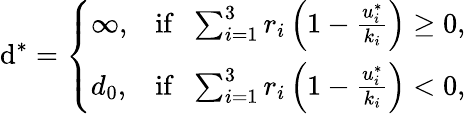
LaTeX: \mathrm{d}^{*}=\left\{ \begin{array}{ll}{\infty,}&{\mathrm{if}\; \; \sum_{i=1}^{3}r_{i}\left(1-\frac{u_{i}^{*}}{k_{i}}\right)\ge 0,}\\ {d_{0},}&{\mathrm{if}\; \; \sum_{i=1}^{3}r_{i}\left(1-\frac{u_{i}^{*}}{k_{i}}\right)<0,}\end{array}\right.